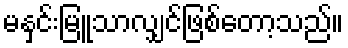
မနှင်းမြူသာလျှင်ဖြစ်တော့သည်။